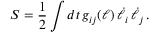
S = { \frac { 1 } { 2 } } \int d t \, g _ { i j } ( \ell ) \, \dot { \ell } _ { i } \, \dot { \ell } _ { j } \, .